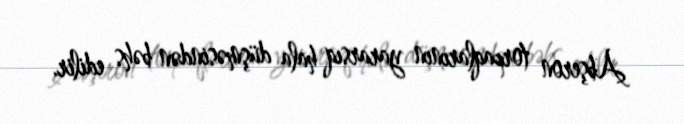
Abşeron torpaqlarının yararsıq hala düşməsindən bəhs edilir.